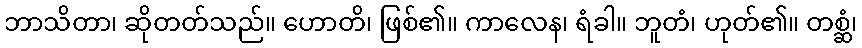
ဘာသိတာ၊ ဆိုတတ်သည်။ ဟောတိ၊ ဖြစ်၏။ ကာလေန၊ ရံခါ။ ဘူတံ၊ ဟုတ်၏။ တစ္ဆံ၊